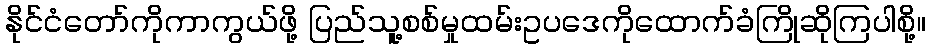
နိုင်ငံတော်ကိုကာကွယ်ဖို့ ပြည်သူ့စစ်မှုထမ်းဥပဒေကိုထောက်ခံကြိုဆိုကြပါစို့။